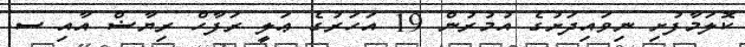
ކޮލަމާފުށި ނިވައިދަށުގެ އުމުރުން 19 އަހަރުގެ ޢަލީ ރަފާހް ރިޔާޟް އާއި ސ.